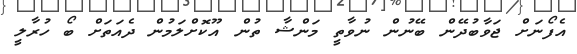
އެފޯނަށް ޖަވާބުދޭން ބޭނުން ނުވާތީ މަންޝާ ތުން އޫކޮށްލަމުން ދެއަތަށް ބޯ ހުރާލީ